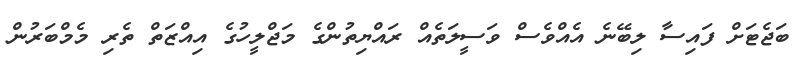
ބަޖެޓަށް ފައިސާ ލިބޭނެ އެއްވެސް ވަސީލަތެއް ރައްޔިތުންގެ މަޖްލީހުގެ އިއްޒަތް ތެރި މެމްބަރުން